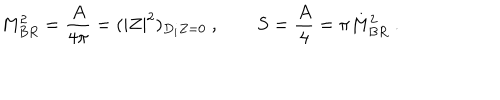
M _ { B R } ^ { 2 } = { \frac { A } { 4 \pi } } = ( | Z | ^ { 2 } ) _ { D _ { i } Z = 0 } \ , \qquad S = { \frac { A } { 4 } } = \pi M _ { B R } ^ { 2 } \ .